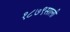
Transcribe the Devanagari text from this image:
१८७९साली